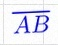
\overline{AB}